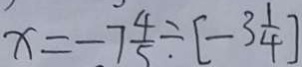
x = - 7 \frac { 4 } { 5 } \div [ - 3 \frac { 1 } { 4 } ]